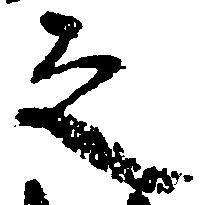
之